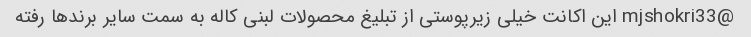
@mjshokri33 این اکانت خیلی زیرپوستی از تبلیغ محصولات لبنی کاله به سمت سایر برندها رفته